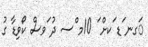
ަގނ ަޑ ަކށް ަ 10މ ްސ ދު ަވސް ކޯވިޑާ ގު